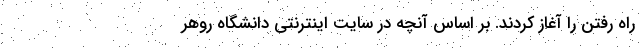
راه رفتن را آغاز کردند. بر اساس آنچه در سایت اینترنتی دانشگاه روهر